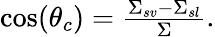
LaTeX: \begin{array}{r}{\cos(\theta_{c})=\frac{\Sigma_{sv}-\Sigma_{sl}}{\Sigma}.}\end{array}